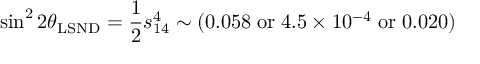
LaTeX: \sin ^ { 2 } 2 \theta _ { \mathrm { L S N D } } = \frac { 1 } { 2 } s _ { 1 4 } ^ { 4 } \sim ( 0 . 0 5 8 \; \mathrm { o r } \; 4 . 5 \times 1 0 ^ { - 4 } \; \mathrm { o r } \; 0 . 0 2 0 )